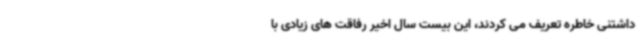
داشتنی خاطره تعریف می کردند، این بیست سال اخیر رفاقت های زیادی با